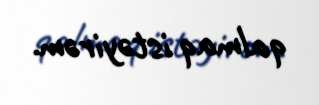
qalmaq istəyirəm.